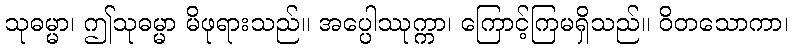
သုဓမ္မာ၊ ဤသုဓမ္မာ မိဖုရားသည်။ အပ္ပေါဿုက္ကာ၊ ကြောင့်ကြမရှိသည်။ ဝိတသောကာ၊